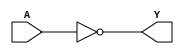

module NOT(A, Y);
input A;
output Y;
assign Y = ~A;
endmodule

module NAND(A, B, Y);
input A, B;
output Y;
assign Y = ~(A & B);
endmodule

module NOR(A, B, Y);
input A, B;
output Y;
assign Y = ~(A | B);
endmodule

module DFF(C, D, Q);
input C, D;
output reg Q;
always @(posedge C)
	Q <= D;
endmodule